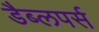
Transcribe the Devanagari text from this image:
डैब्लपर्स